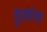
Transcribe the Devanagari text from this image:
हुवांग